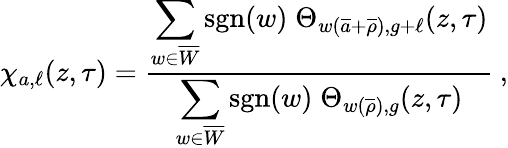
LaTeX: \chi_{a,\ell}(z,\tau)=\frac{\displaystyle\sum_{w\in\overline{{W}}}\mathrm{sgn}(w)\; \Theta_{w(\overline{{{a}}}+\overline{{{\rho}}}),g+\ell}(z,\tau)}{\displaystyle\sum_{w\in\overline{{W}}}\mathrm{sgn}(w)\; \Theta_{w(\overline{{{\rho}}}),g}(z,\tau)}\: ,